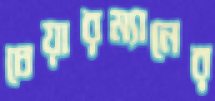
চেয়ারম্যানের